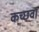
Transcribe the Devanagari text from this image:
कच्छवा